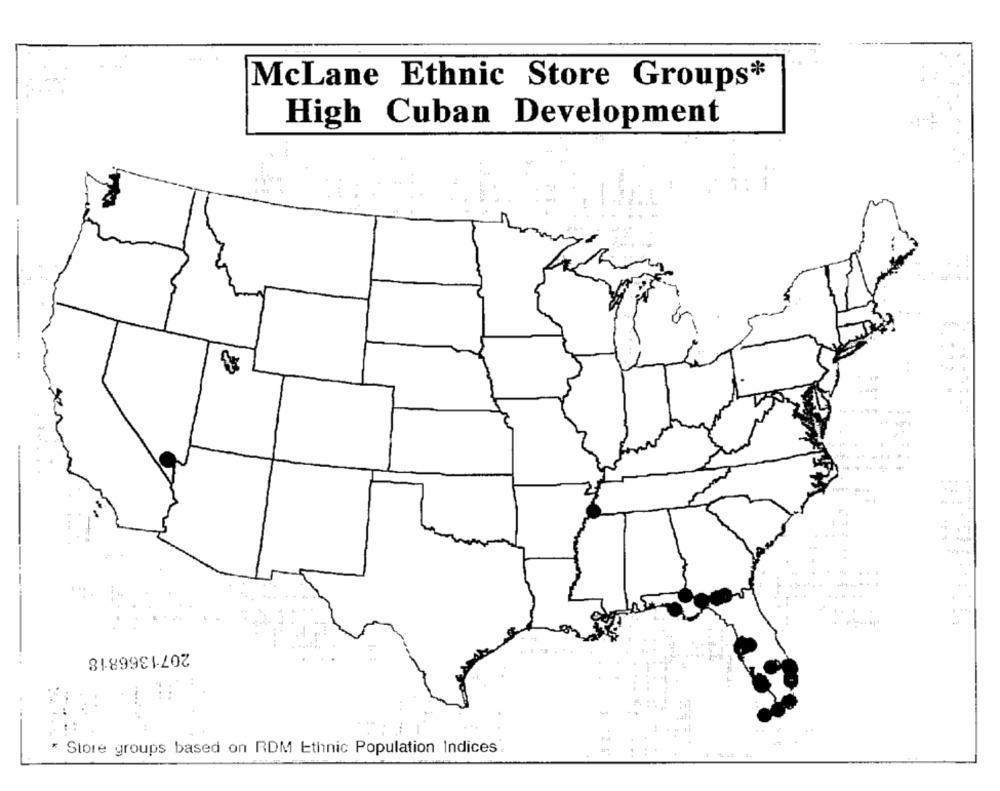
McLane Ethnic Store Groups*
High Cuban Development
2071366818
-
Store groups based on RDM Ethnic Population Indices